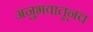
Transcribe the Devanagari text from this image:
अनुभवातूनच